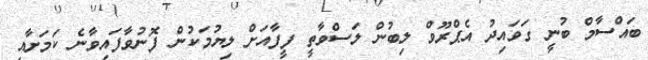
ބައްސާމް ބުނީ ގަވައިދު އެޕްރޫވް ލިބުން ލަސްވާތީ ފީފާއަށް ލިޔުމަކުން ފޮނުވާފައިވާނެ ކަމަށާއި